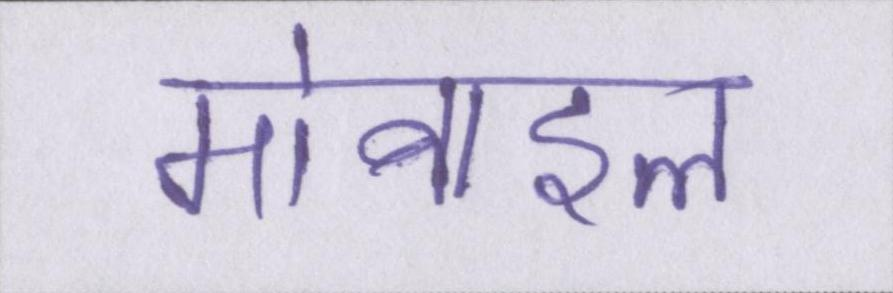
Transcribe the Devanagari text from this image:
मोबाइल